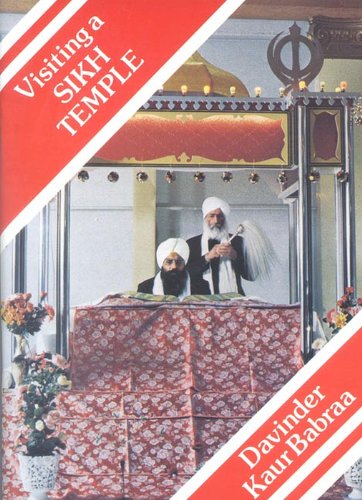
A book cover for Visiting a Sikh Temple (Meeting Religious Groups); Davinder Kaur Babraa; Teen & Young Adult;